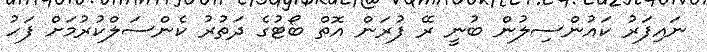
ނައިފަރު ކައުންސިލުން ބުނީ ރޭ ފުރަން އޮތް ބޯޓުގެ ދަތުރު ކެންސަލްކުރުމަށް ފަހު